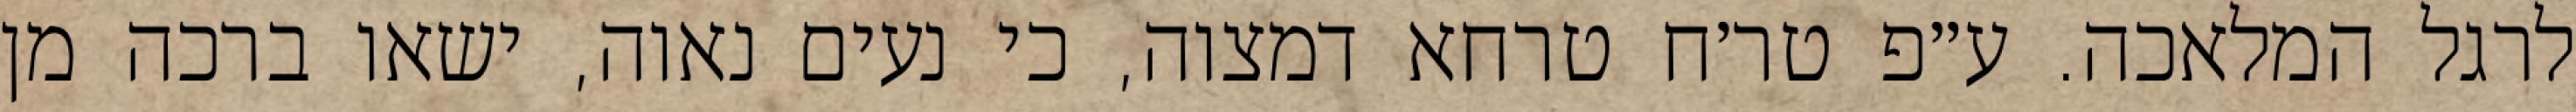
לרגל המלאכה. ע״פ טר׳ח טרחא דמצוה, כי נעים נאוה, ישאו ברכה מן